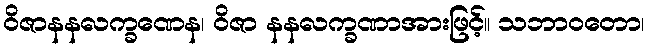
ဝိဇာနနလက္ခဏေန၊ ဝိဇာ နနလက္ခဏာအားဖြင့်။ သဘာဝတော၊